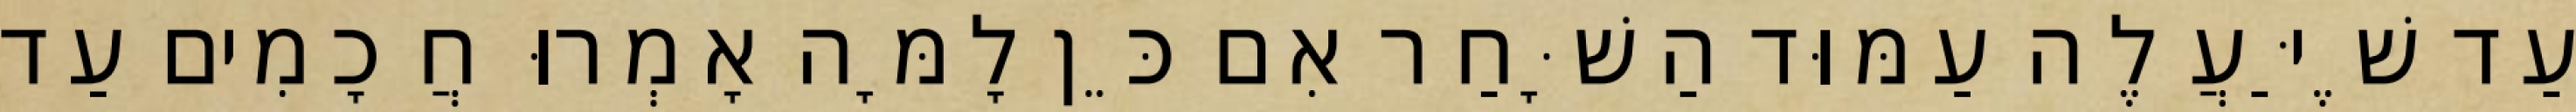
עַד שֶׁיַּעֲלֶה עַמּוּד הַשָּׁחַר אִם כֵּן לָמָּה אָמְרוּ חֲכָמִים עַד